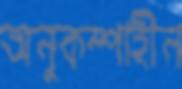
অনুকম্পাহীন